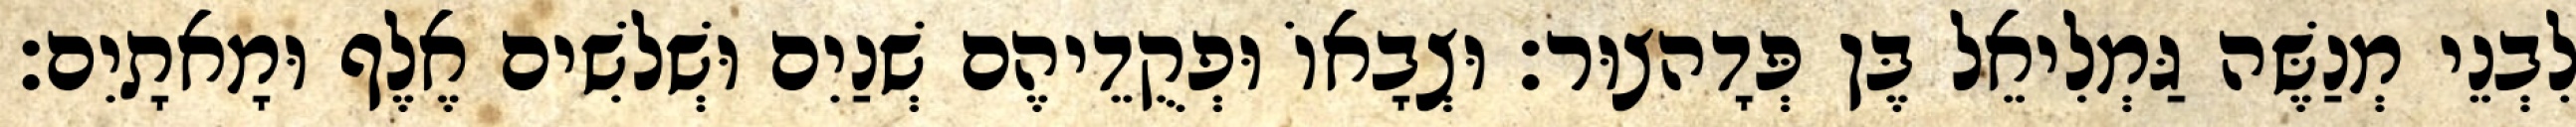
לִבְנֵי מְנַשֶּׁה גַּמְלִיאֵל בֶּן פְּדָהצוּר׃ וּצְבָאוֹ וּפְקֻדֵיהֶם שְׁנַיִם וּשְׁלשִׁים אֶלֶף וּמָאתָיִם׃